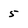
Character: 5